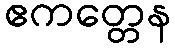
ဧကတ္တေန